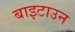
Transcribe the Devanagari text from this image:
बाइटाउन